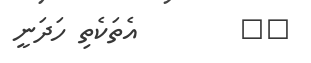
٦٠        އެތަކެތި ހަދަނީ